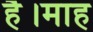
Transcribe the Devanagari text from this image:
है।माह